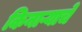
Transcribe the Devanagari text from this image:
किनाऱ्याचे